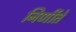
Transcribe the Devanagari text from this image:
निर्णीते